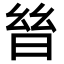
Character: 𣌳